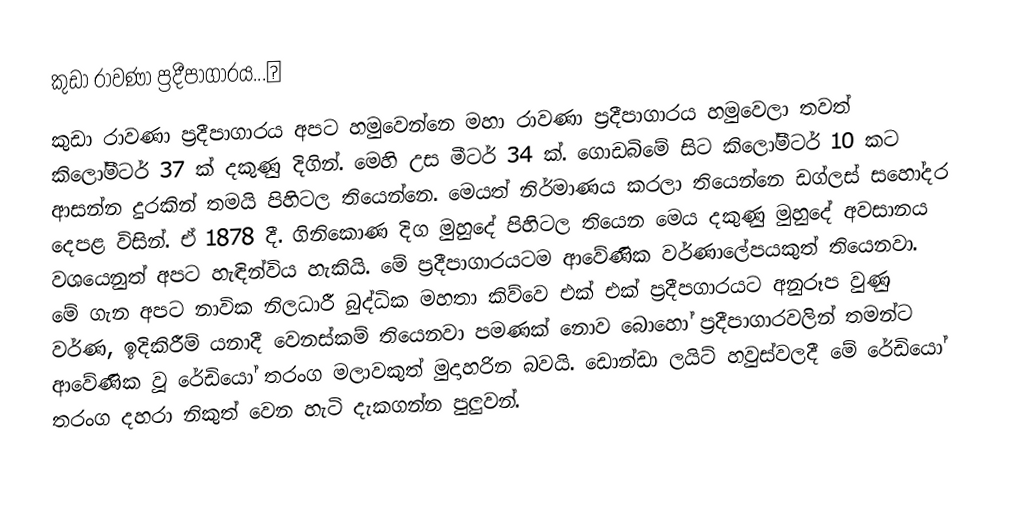
කුඩා රාවණා ප්‍රදීපාගාරය...✍️
කුඩා රාවණා ප්‍රදීපාගාරය අපට හමුවෙන්නෙ මහා රාවණා ප්‍රදීපාගාරය හමුවෙලා තවත් කිලෝමීටර් 37 ක්‌ දකුණු දිගින්. මෙහි උස මීටර් 34 ක්‌. ගොඩබිමේ සිට කිලෝමීටර් 10 කට ආසන්න දුරකින් තමයි පිහිටල තියෙන්නෙ. මෙයත් නිර්මාණය කරලා තියෙන්නෙ ඩග්ලස්‌ සහෝදර දෙපළ විසින්. ඒ 1878 දී. ගිනිකොණ දිග මුහුදේ පිහිටල තියෙන මෙය දකුණු මුහුදේ අවසානය වශයෙනුත් අපට හැඳින්විය හැකියි. මේ ප්‍රදීපාගාරයටම ආවේණික වර්ණාලේපයකුත් තියෙනවා. මේ ගැන අපට නාවික නිලධාරී බුද්ධික මහතා කිව්වෙ එක්‌ එක්‌ ප්‍රදීපගාරයට අනුරූප වුණු වර්ණ, ඉදිකිරීම් යනාදී වෙනස්‌කම් තියෙනවා පමණක්‌ නොව බොහෝ ප්‍රදීපාගාරවලින් තමන්ට ආවේණික වූ රේඩියෝ තරංග මලාවකුත් මුදාහරින බවයි. ඩොන්ඩා ලයිට්‌ හවුස්‌වලදී මේ රේඩියෝ තරංග දහරා නිකුත් වෙන හැටි දැකගන්න පුලුවන්.